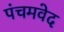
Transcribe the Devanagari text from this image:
पंचमवेद